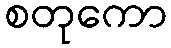
စတုကော